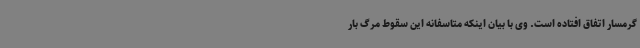
گرمسار اتفاق افتاده است. وی با بیان اینکه متاسفانه این سقوط مرگ بار